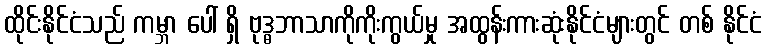
ထိုင်းနိုင်ငံသည် ကမ္ဘာ ပေါ် ရှိ ဗုဒ္ဓဘာသာကိုကိုးကွယ်မှု အထွန်းကားဆုံးနိုင်ငံများတွင် တစ် နိုင်ငံ